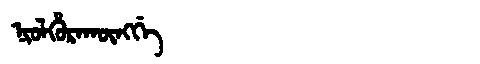
Manchu: ᠨᡳᠣᠯᡥᡠᡵᠠᡴᡡᠩᡤᡝ
Romanization: NIOLHURAKŪNGGE